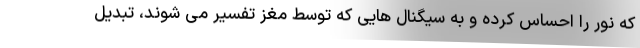
که نور را احساس کرده و به سیگنال هایی که توسط مغز تفسیر می شوند، تبدیل